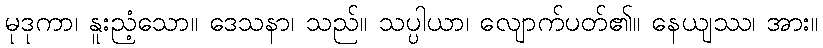
မုဒုကာ၊ နူးညံ့သော။ ဒေသနာ၊ သည်။ သပ္ပါယာ၊ လျောက်ပတ်၏။ နေယျဿ၊ အား။